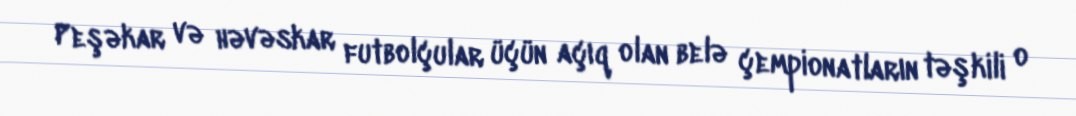
Peşəkar və həvəskar futbolçular üçün açıq olan belə çempionatların təşkili o